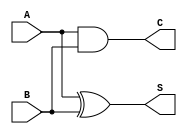
`timescale 1ns / 1ps
//////////////////////////////////////////////////////////////////////////////////
// Company: 
// Engineer: 
// 
// Design Name: 
// Module Name: halfadder
// Project Name: 
// Target Devices: 
// Tool Versions: 
// Description: 
// 
// Dependencies: 
// 
// Revision:
// Revision 0.01 - File Created
// Additional Comments:
// 
//////////////////////////////////////////////////////////////////////////////////


module halfadder(S, C, A, B);
    input A, B; //AB
    output S, C; //SC
    xor(S, A, B); //=
    and(C, A, B);
endmodule